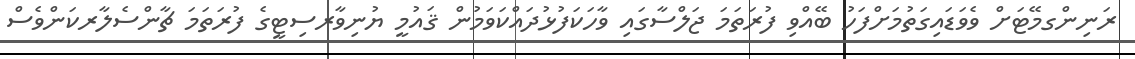
ރަނިންގމޭޓަށް ވެވަޑައިގަތުމަށްފަހު ބޭއްވި ފުރަތަމަ ޖަލްސާގައި ވާހަކަފުޅުދައްކަވަމުން ޤައުމީ ޔުނިވާރސިޓީގެ ފުރަތަމަ ޗާންސެލާރކަންވެސް